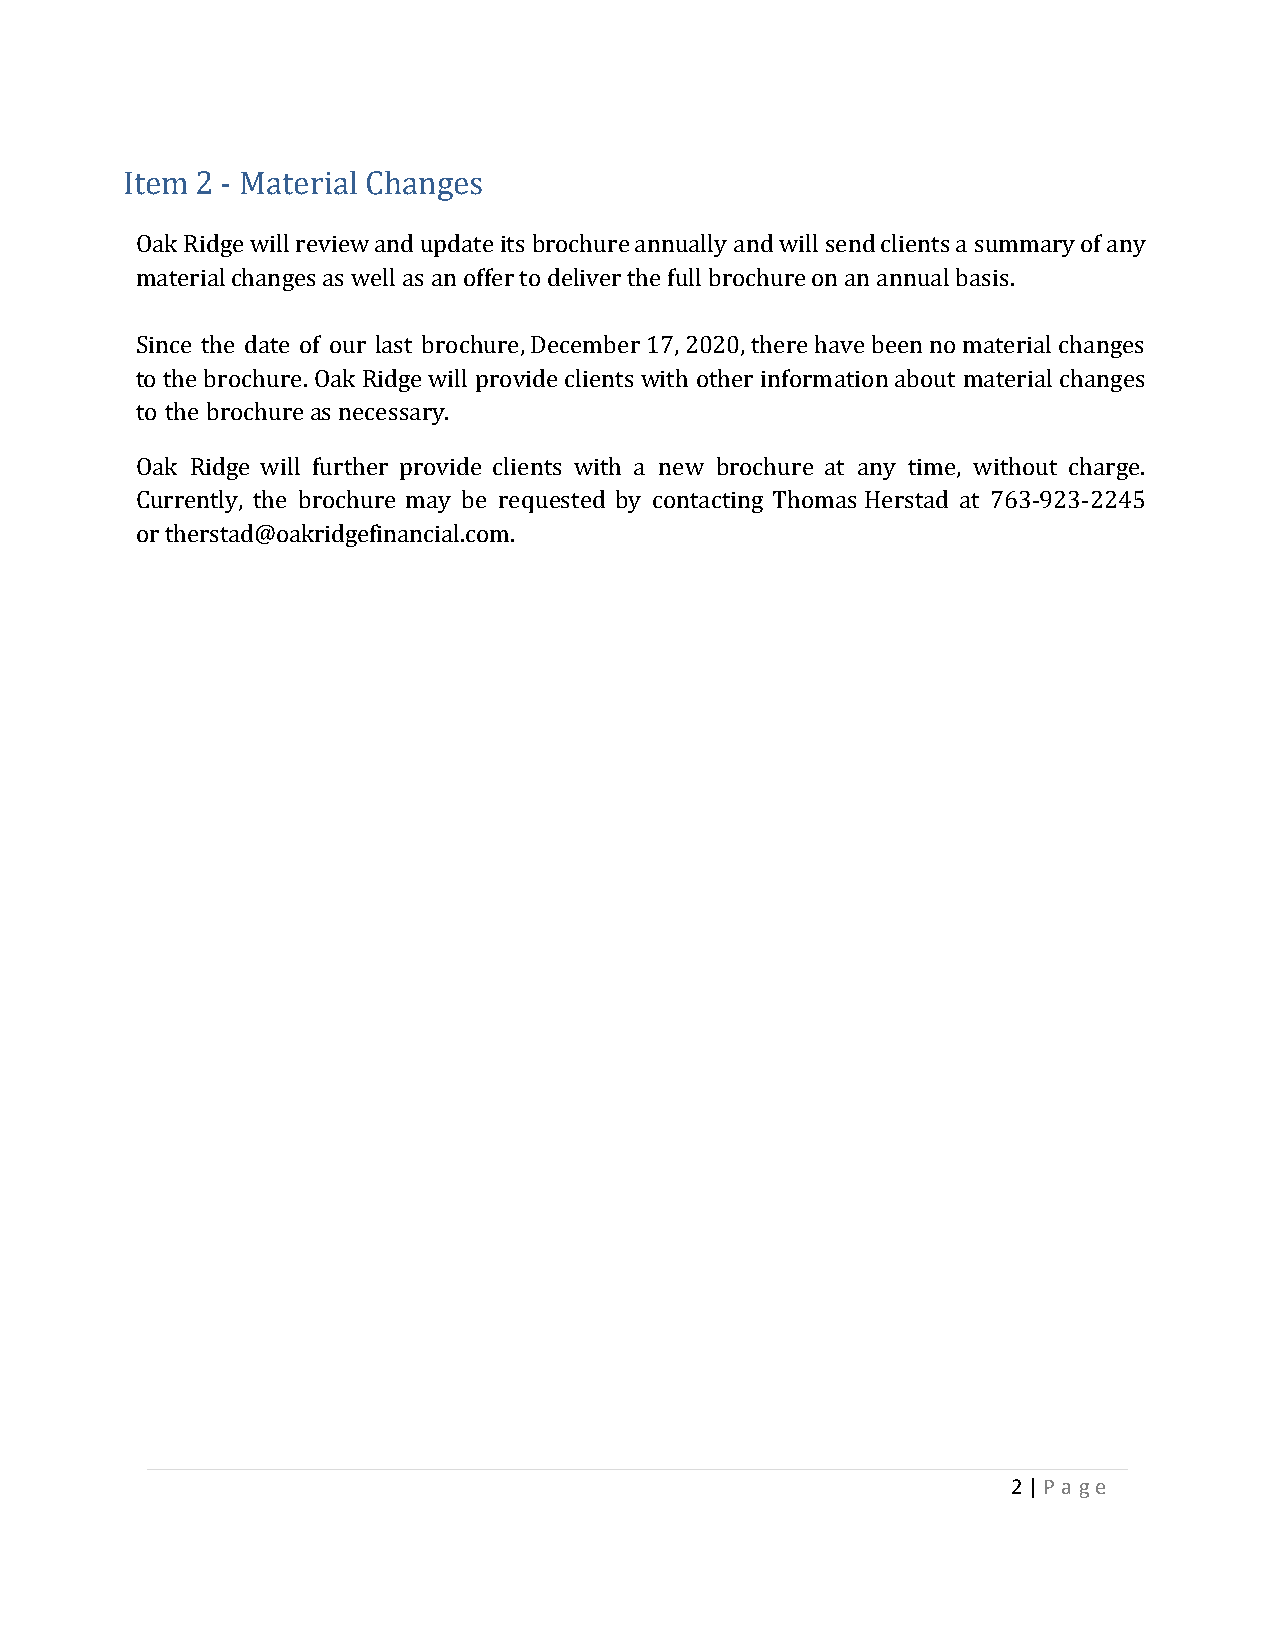
Item 2 - Material Changes
 Oak Ridge will review and update its brochure annually and will send clients a summary of any
 material changes as well as an offer to deliver the full brochure on an annual basis.
 Since the date of our last brochure, December 17, 2020, there have been no material changes
 to the brochure. Oak Ridge will provide clients with other information about material changes
 to the brochure as necessary.
 Oak Ridge will further provide clients with a new brochure at any time, without charge.
 Currently, the brochure may be requested by contacting Thomas Herstad at 763‐923‐2245
 or therstad@oakridgefinancial.com.
 2 | P a g e